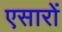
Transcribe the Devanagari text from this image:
एसारों